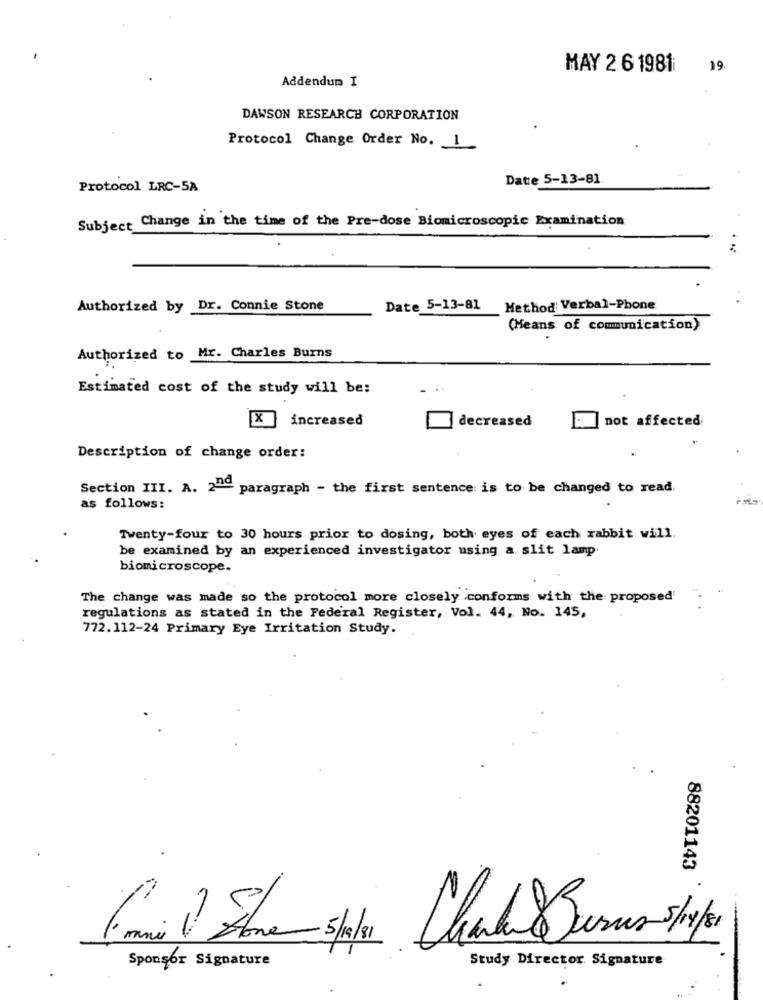
19.
Addendum I
MAY 2 6 1981
DAWSON RESEARCH CORPORATION
Protocol Change Order No. 1
Date 5-13-81
Protocol LRC-5A
Subject Change in the time of the Pre-dose Biomicroscopic Examination
Authorized by Dr. Connie Stone
Date 5-13-81
Method Verbal-Phone
(Means of communication)
Authorized to Mr. Charles Burns
Estimated cost of the study will be:
increased
decreased
not affected
Description of change order:
Section III. A. 2"" paragraph - the first sentence is to be changed to read.
as follows:
Twenty-four to 30 hours prior to dosing, both eyes of each rabbit will.
be examined by an experienced investigator using a slit lamp
biomicroscope.
The change was made so the protocol more closely conforms with the proposed
regulations as stated in the Federal Register, Vol. 44, No. 145,
772.112-24 Primary Eye Irritation Study.
88201143
Sponsor Signature
Study Director Signature